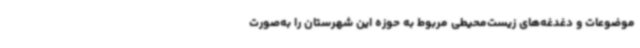
موضوعات و دغدغه‌های زیست‌محیطی مربوط به حوزه این شهرستان را به‌صورت